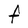
Character: F